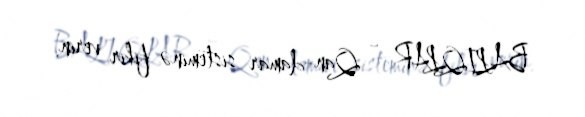
BALIQLAR - Qan-damar sisteminə fikir verin.